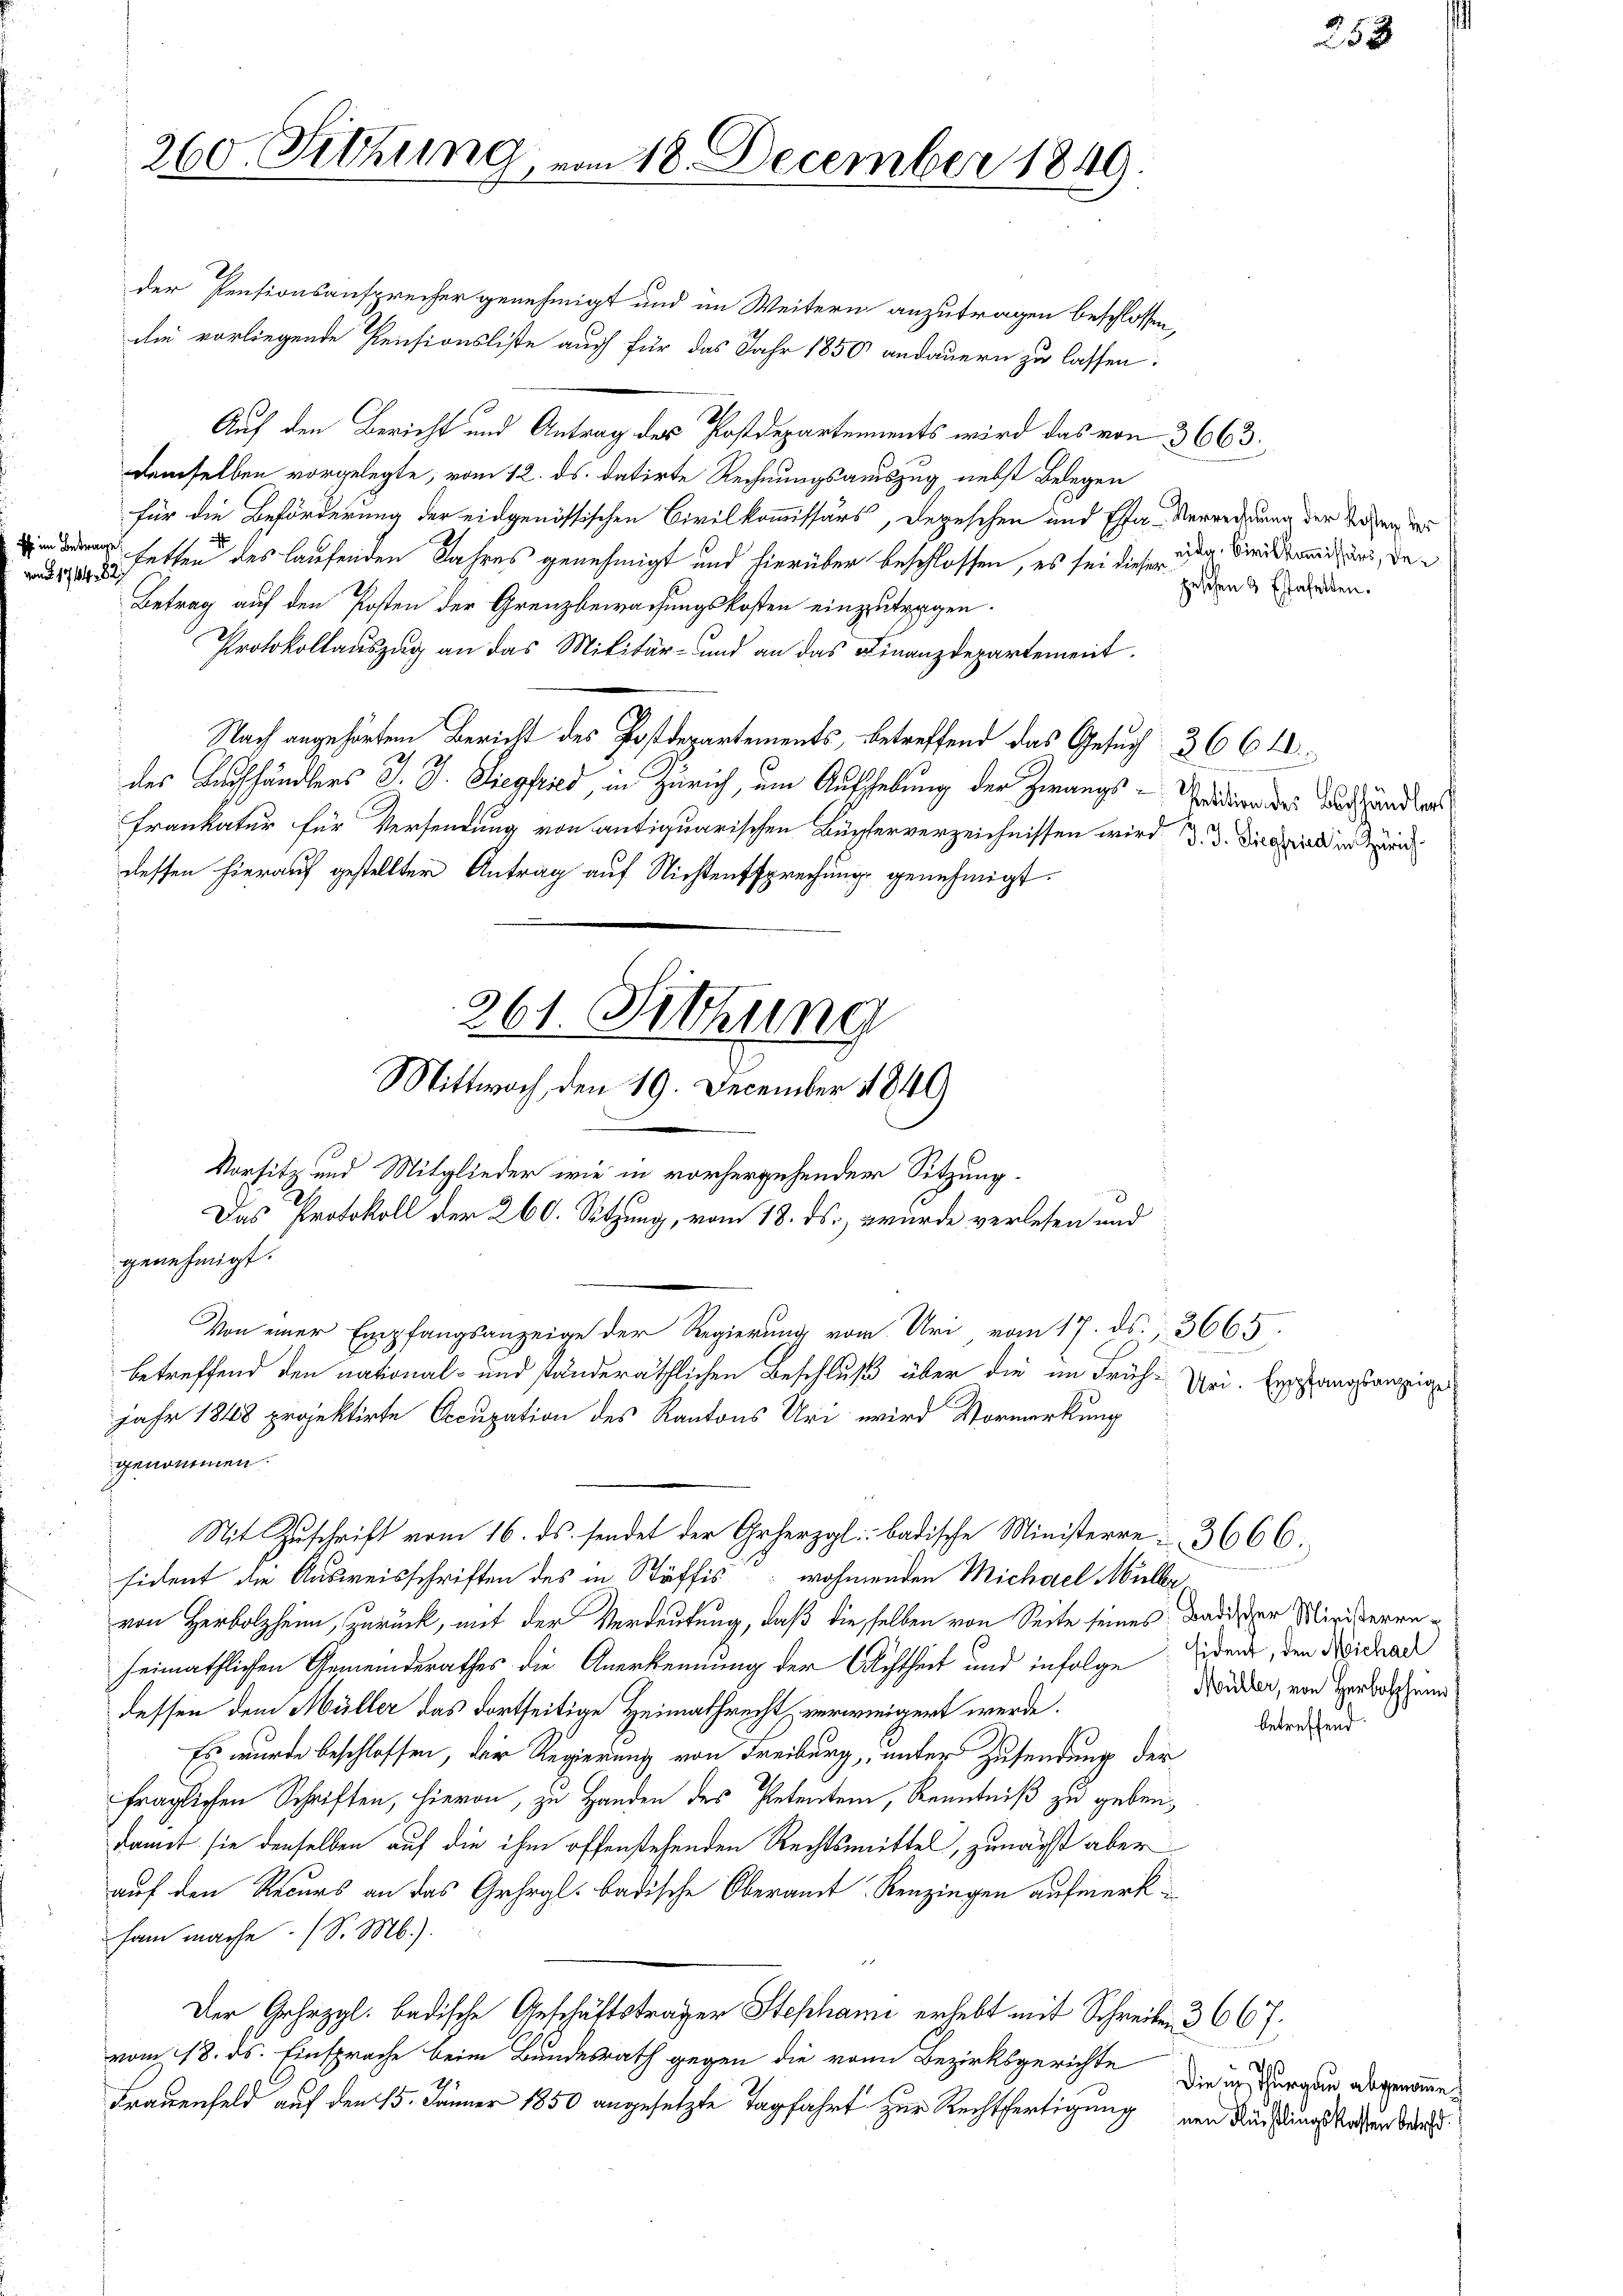
von 1744. 821

260. Sitzung,

die vorliegende Pensionsliste auch für das Jahr 1850 andauern zu lassen:
Auf den Bericht und Antrag des Postdepartements wird das von 3663.
demselben vorgelegte, vom 12. ds. datirte Rechnungsauszug nebst Belegen
für die Beförderung der eidgenössischen Civilkommissärs, degeschen und Esta- Verrechnung der Toten der
 hetten des laufenden Jahres genehmigt und hierüber beschlossen, es sei dieser Tag. Diesendung, das
Betrag auf den Posten der Grenzbewachungskosten einzutragen.
Protokollauszug an das Militär- und an das Finanzdepartement.
Nach angehörtem Bericht des Postdepartements, betreffend das Gesuch 366 2
des Buchhändlers J. J. Siegfried, in Zürich, um Aufhebung der Zwangs-Tradier des und hundes
Frankatur für Versendung von antiquarischen Bücherverzeichnissen wird d. d. die die in ei
dessen hierauf gestellter Antrag auf Nichtentsprechung genehmigt.

der Pensionsansprecher genehmigt und im Weitern anzutragen beschlossen,

mm 18. December 1849

genehmigt.
genommen.
sident die Ausweisschriften des in Stäffis wohnenden Michael Müllervon Herbolzheim, zurück, mit der Verdeutung, daß dieselben von Seite seines Badiser Ministerenheimathlichen Gemeinderathes die Anerkennung der Achtheit und infolge
dessen dem Müller das dortseitige Heimathrecht verwenigert werde.
Es wurde beschlossen, der Regierung von Freiburg, unter Zusendung der
fraglichen Schriften, hievon, zu Handen des Petenten, Kenntniß zu gebendamit sie denselben auf die ihm offenstehenden Rechtsmittel, zunächst aber
auf den Recurs an das Gehrgl. badische Oberamt Renzingen aufmerksam mache. (S. M.)
Der Gehezgl. badische Geschäftsträger Stephani erhebt mit Schreiben 366 f.
vom 18. ds. Einsprache beim Bundesrath gegen die von Bezirksgerichte
Frauenfeld auf den 15. Jänner 1850 angesetzte Tagfahrt zur Rechtfertigung von Rechtungskassen der

261. Sitzung
Von einer Empfangsanzeige der Regierung vom Uri vom 17. ds., 3665.
betreffend den national- und ständeräthlichen Beschluß über die im Früchjahr 1848 projektirte Occupation des Kantons Uri wird Vormerkung

Vorsitz und Mitglieder wie in vorhergehender Sitzung.
Das Protokoll der 260. Setzung, vom 18. ds. wurde verlesen und

Mittwoch den 19. December 1849

Mit Zuschrift vom 16. ds. sendet der Geherzgl: badische Ministerre 3666.

geschen 3 Estafelten.

Uri. Empfangsanzei

sident, den Michael
Müller, von Herbeschein
betreffend

Waß
Die in Thurgau abgenomme.